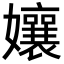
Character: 孃